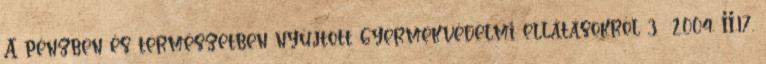
A pénzben és természetben nyújtott gyermekvédelmi ellátásokról 3 2004. II.17.